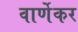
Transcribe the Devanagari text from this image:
वार्णेकर